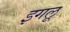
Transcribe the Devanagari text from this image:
इगलू